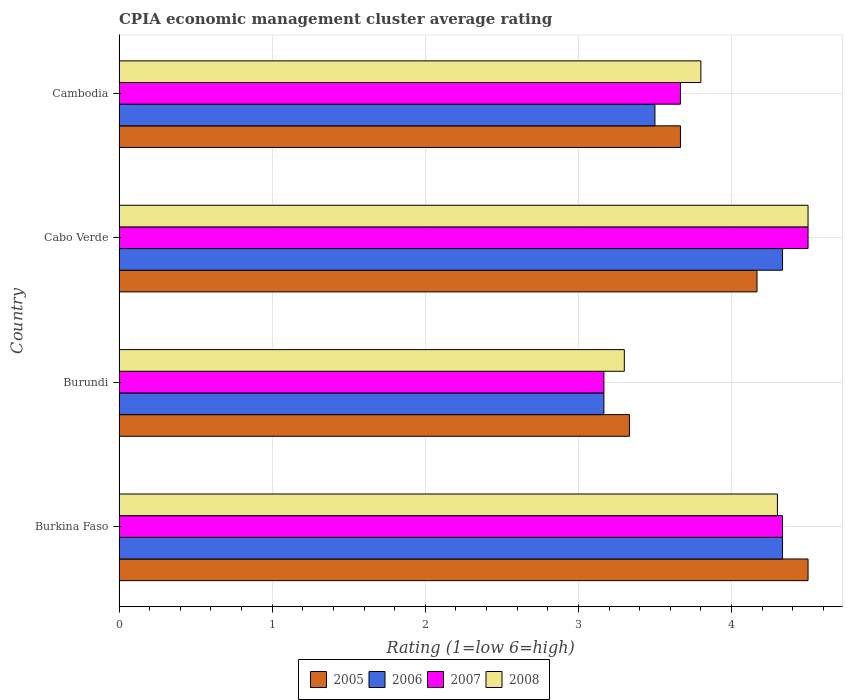
| Country | 2005 | 2006 | 2007 | 2008 |
 | --- | --- | --- | --- | --- |
 | Burkina Faso | 4.5 | 4.33 | 4.33 | 4.3 |
 | Burundi | 3.33 | 3.17 | 3.17 | 3.3 |
 | Cabo Verde | 4.17 | 4.33 | 4.5 | 4.5 |
 | Cambodia | 3.67 | 3.5 | 3.67 | 3.8 |